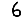
Digit: 6